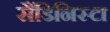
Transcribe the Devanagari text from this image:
सैंडिनिस्टा